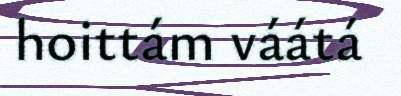
hoittám váátá